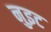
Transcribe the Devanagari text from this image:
नुइट